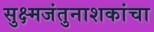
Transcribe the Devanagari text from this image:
सुक्ष्मजंतुनाशकांचा